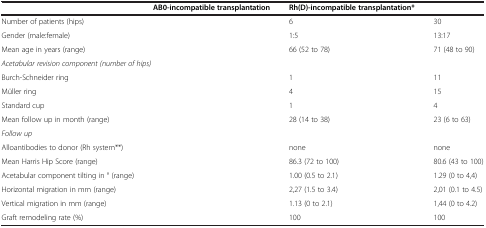
<table><thead><tr><td>[EMPTY_CELL]</td><td><b>AB0-incompatible transplantation</b></td><td><b>Rh(D)-incompatible transplantation*</b></td><td>[EMPTY_CELL]</td></tr></thead><tbody><tr><td>Number of patients (hips)</td><td>[EMPTY_CELL]</td><td>6</td><td>30</td></tr><tr><td>Gender (male:female)</td><td>[EMPTY_CELL]</td><td>1:5</td><td>13:17</td></tr><tr><td>Mean age in years (range)</td><td>[EMPTY_CELL]</td><td>66 (52 to 78)</td><td>71 (48 to 90)</td></tr><tr><td colspan="4"><i>Acetabular revision component (number of hips)</i></td></tr><tr><td>Burch-Schneider ring</td><td>[EMPTY_CELL]</td><td>1</td><td>11</td></tr><tr><td>Müller ring</td><td>[EMPTY_CELL]</td><td>4</td><td>15</td></tr><tr><td>Standard cup</td><td>[EMPTY_CELL]</td><td>1</td><td>4</td></tr><tr><td>Mean follow up in month (range)</td><td>[EMPTY_CELL]</td><td>28 (14 to 38)</td><td>23 (6 to 63)</td></tr><tr><td><i>Follow up</i></td><td>[EMPTY_CELL]</td><td>[EMPTY_CELL]</td><td>[EMPTY_CELL]</td></tr><tr><td>Alloantibodies to donor (Rh system**)</td><td>[EMPTY_CELL]</td><td>none</td><td>none</td></tr><tr><td>Mean Harris Hip Score (range)</td><td>[EMPTY_CELL]</td><td>86.3 (72 to 100)</td><td>80.6 (43 to 100)</td></tr><tr><td>Acetabular component tilting in ° (range)</td><td>[EMPTY_CELL]</td><td>1.00 (0.5 to 2.1)</td><td>1.29 (0 to 4,4)</td></tr><tr><td>Horizontal migration in mm (range)</td><td>[EMPTY_CELL]</td><td>2,27 (1.5 to 3.4)</td><td>2,01 (0.1 to 4.5)</td></tr><tr><td>Vertical migration in mm (range)</td><td>[EMPTY_CELL]</td><td>1.13 (0 to 2.1)</td><td>1,44 (0 to 4.2)</td></tr><tr><td>Graft remodeling rate (%)</td><td>[EMPTY_CELL]</td><td>100</td><td>100</td></tr></tbody></table>